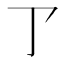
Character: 𠄐